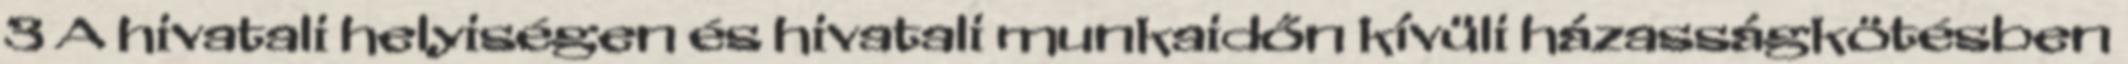
3 A hivatali helyiségen és hivatali munkaidőn kívüli házasságkötésben